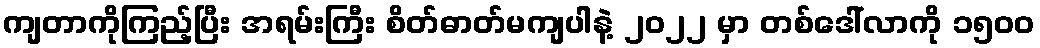
ကျတာကိုကြည့်ပြီး အရမ်းကြီး စိတ်ဓာတ်မကျပါနဲ့ ၂၀၂၂ မှာ တစ်ဒေါ်လာကို ၁၅၀ဝ